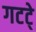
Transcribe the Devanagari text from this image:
गटटे्